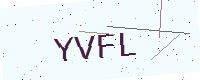
Text: YVFL